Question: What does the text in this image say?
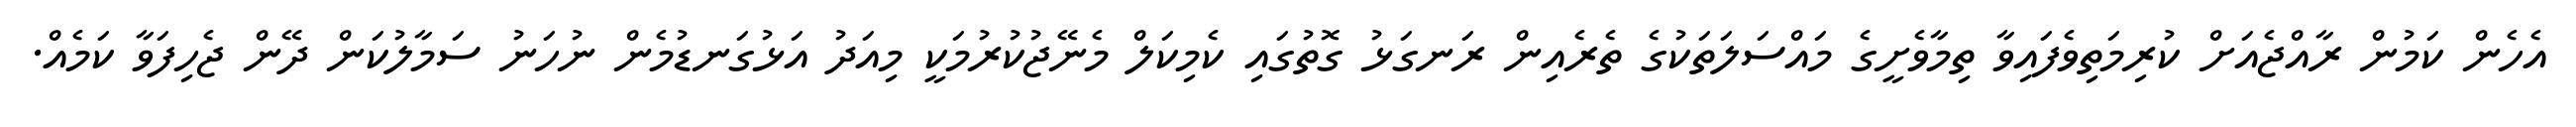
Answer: އެހެން ކަމުން ރާއްޖެއަށް ކުރިމަތިވެފައިވާ ތިމާވެށީގެ މައްސަލަތަކުގެ ތެރެއިން ރަނގަޅު ގޮތުގައި ކެމިކަލް މެނޭޖުކުރުމަކީ މިއަދު އަޅުގަނޑުމެން ނުހަނު ސަމާލުކަން ދޭން ޖެހިފަވާ ކަމެއް.